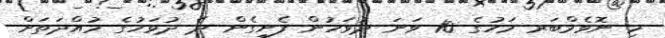
މި ނޮވެމްބަރ މަހުގެ 10 ވަނަ ދުވަހުން ފެށިގެން ދެ ދުވަހުގެ މުއްދަތަށް